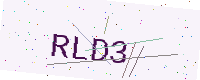
Text: RLD3